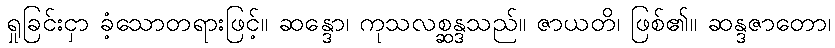
ရှုခြင်းငှာ ခံ့သောတရားဖြင့်။ ဆန္ဒော၊ ကုသလစ္ဆန္ဒသည်။ ဇာယတိ၊ ဖြစ်၏။ ဆန္ဒဇာတော၊